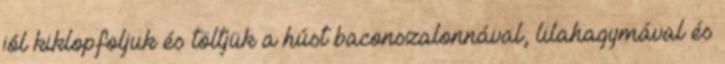
jól kiklopfoljuk és töltjük a húst baconszalonnával, lilahagymával és